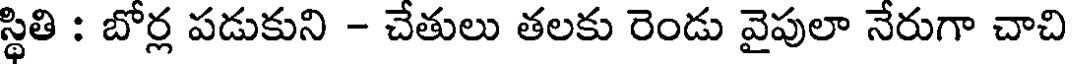
స్థితి : బోర్ల పడుకుని - చేతులు తలకు రెండు వైపులా నేరుగా చాచి